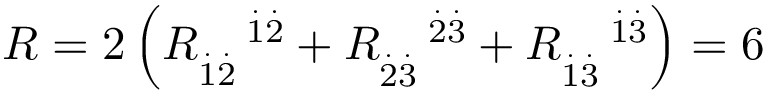
R = 2 \left( R _ { \overset { . } { 1 } \overset { . } { 2 } } ^ { \quad \overset { . } { 1 } \overset { . } { 2 } } + R _ { \overset { . } { 2 } \overset { . } { 3 } } ^ { \quad \overset { . } { 2 } \overset { . } { 3 } } + R _ { \overset { . } { 1 } \overset { . } { 3 } } ^ { \quad \overset { . } { 1 } \overset { . } { 3 } } \right) = 6